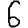
Digit: 6